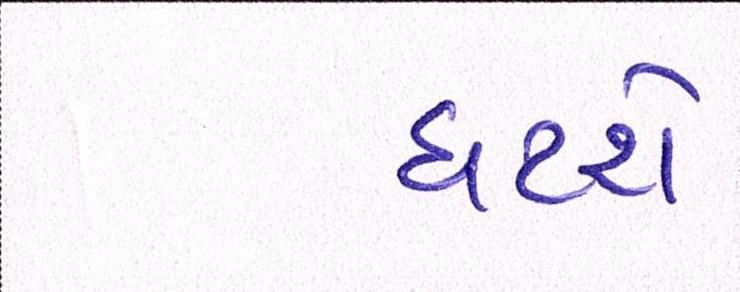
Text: ઘટશે